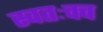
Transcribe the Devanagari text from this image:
स्वतःचच